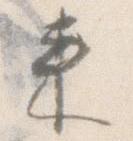
来